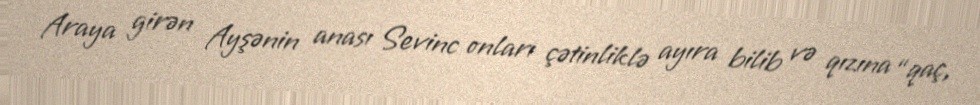
Araya girən Ayşənin anası Sevinc onları çətinliklə ayıra bilib və qızına “qaç,